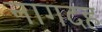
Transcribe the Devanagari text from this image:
नागदह